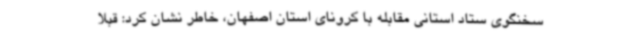
سخنگوی ستاد استانی مقابله با کرونای استان اصفهان، خاطر نشان کرد: قبلا